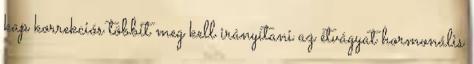
kap korrekciós többit meg kell irányítani az étvágyat hormonális